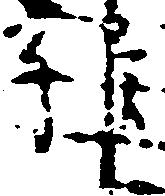
維